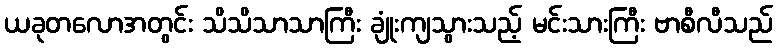
ယခုတလောအတွင်း သိသိသာသာကြီး ချုံးကျသွားသည့် မင်းသားကြီး ဗာစီလီသည်